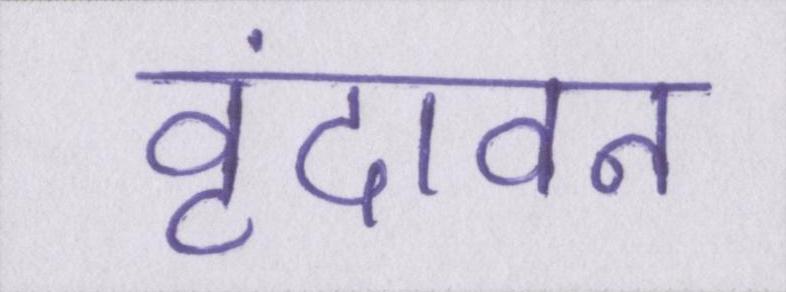
वृंदावन